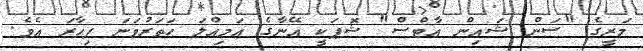
މަރީގެ "ސަން ޝައިން އާޓްސް" ޝޮޕަކީ އޭނާގެ އަމިއްލަ ހަތަރުވަަނަ ފިހާރަ އެވެ.